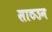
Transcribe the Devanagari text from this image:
साठउन